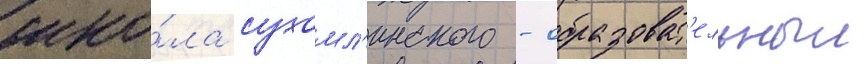
шко́ла сухомл'инского - образоват'ельныи